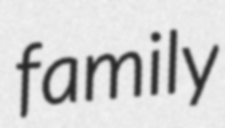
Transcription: family